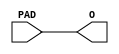
// This program was cloned from: https://github.com/Digital-EDA/Digital-IDE
// License: MIT License

module MISTRAL_IB((* iopad_external_pin *)  input PAD, output O);
	assign O = PAD;
endmodule

module MISTRAL_OB((* iopad_external_pin *)  output PAD, input I);
	assign PAD = I;
endmodule

module MISTRAL_IO((* iopad_external_pin *)  inout PAD, input I, input OE, output O);
	assign PAD = OE ? I : 1'bz;
	assign O = PAD;
endmodule

// Eventually, we should support clock enables and model them here too.
// For now, CLKENA is used as a basic entry point to global routing.
module MISTRAL_CLKBUF (
	input A,
	(* clkbuf_driver *) output Q
);
	assign Q = A;
endmodule